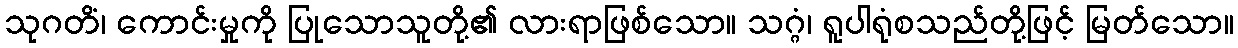
သုဂတိံ၊ ကောင်းမှုကို ပြုသောသူတို့၏ လားရာဖြစ်သော။ သဂ္ဂံ၊ ရူပါရုံစသည်တို့ဖြင့် မြတ်သော။